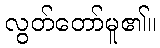
လွတ်တော်မူ၏။